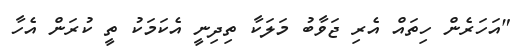
"އަހަރެން ހިތައް އެރި ޖަވާބު މަލަކާ ތިދިނީ އެކަމަކު ތީ ކުރަން އެހާ